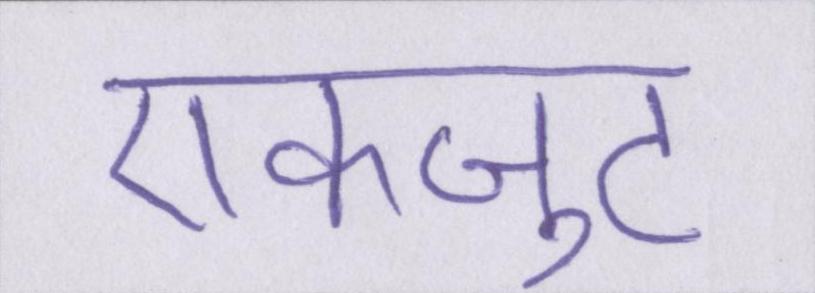
एकजुट